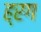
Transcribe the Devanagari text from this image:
ह्रग